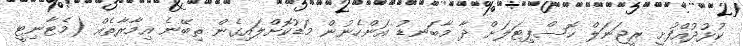
ކުޅުދުއްފުށީ ރީޖަނަލް ހޮސްޕިޓަލަށް ދާ މާބަނޑު އަންހެނުން މަޑުކޮށްލައިގެން ތިބޭނެ އިމާރާތެއް (މެޓާނިޓީ